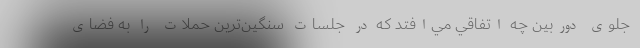
جلوي دوربين چه اتفاقي مي‌افتد كه در جلسات سنگين‌ترين حملات را به فضاي